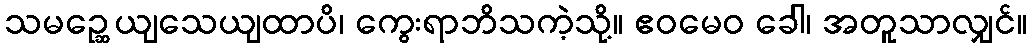
သမဉ္ဆေယျသေယျထာပိ၊ ကွေးရာဘိသကဲ့သို့။ ဧဝမေဝ ခေါ၊ အတူသာလျှင်။